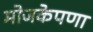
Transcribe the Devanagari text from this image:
मोजकेपणा